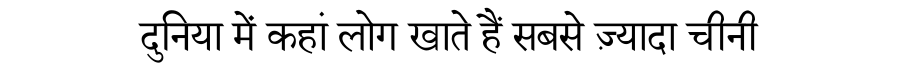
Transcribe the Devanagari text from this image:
दुनिया में कहां लोग खाते हैं सबसे ज़्यादा चीनी